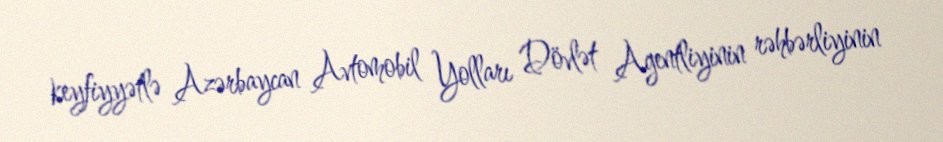
keyfiyyətlə Azərbaycan Avtomobil Yolları Dövlət Agentliyinin rəhbərliyinin